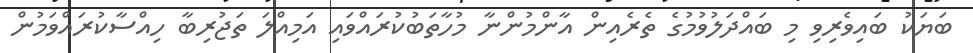
ބަޔަކު ބައިވެރިވި މި ބައްދަލުވުމުގެ ތެރެއިން އާންމުންނާ މުހާތަބުކުރައްވައި އަމިއްލަ ތަޖުރިބާ ހިއްސާކުރައްވަމުން